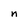
Character: n